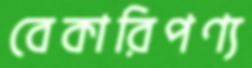
বেকারিপণ্য